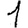
Digit: 1